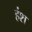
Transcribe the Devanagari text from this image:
हंश